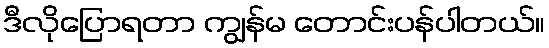
ဒီလိုပြောရတာ ကျွန်မ တောင်းပန်ပါတယ်။